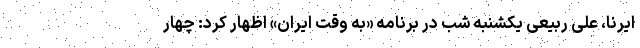
ایرنا، علی ربیعی یکشنبه شب در برنامه «به وقت ایران» اظهار کرد: چهار